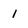
Character: i